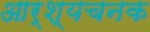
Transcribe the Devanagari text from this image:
आर्श्यचनक